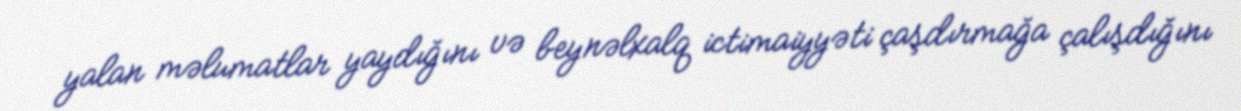
yalan məlumatlar yaydığını və beynəlxalq ictimaiyyəti çaşdırmağa çalışdığını